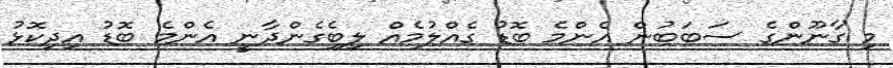
މި ގާނޫންގެ ސަބަބުން އެންމެ ބޮޑު ގެއްލުމެއް ލިބިެގެންދާނީ އެންމެ ބޮޑު އިދިކޮޅު